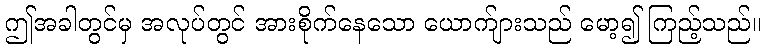
ဤအခါတွင်မှ အလုပ်တွင် အားစိုက်နေသော ယောက်ျားသည် မော့၍ ကြည့်သည်။